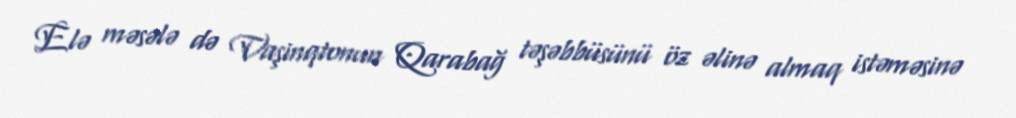
Elə məsələ də Vaşinqtonun Qarabağ təşəbbüsünü öz əlinə almaq istəməsinə